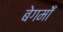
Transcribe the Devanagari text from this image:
बेगमोँ